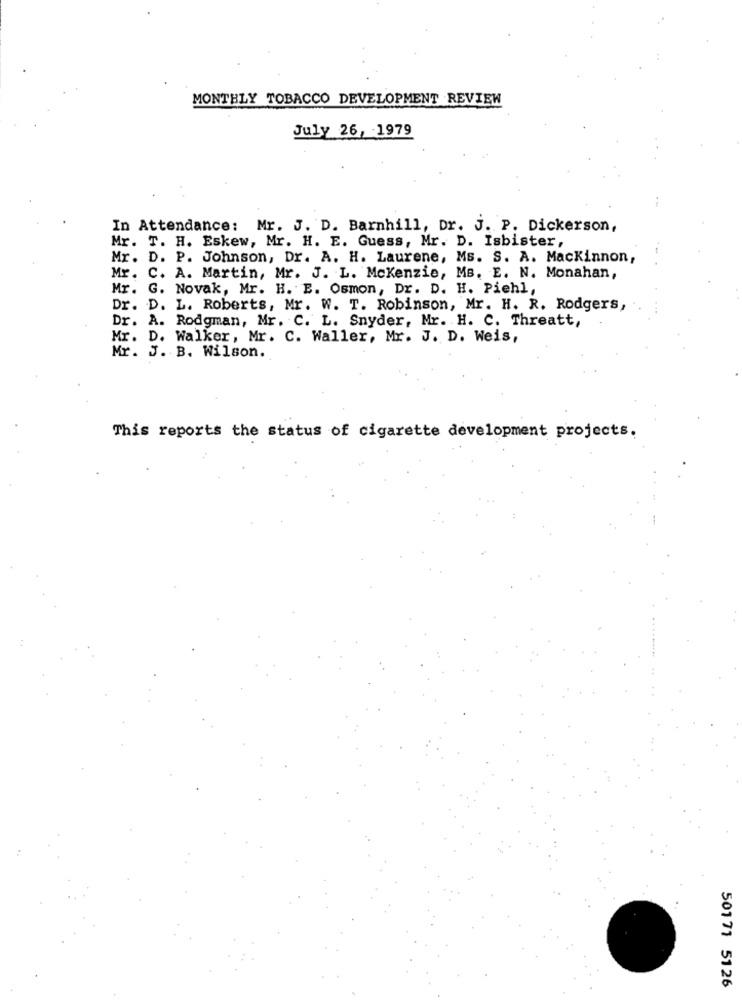
MONTHLY TOBACCO DEVELOPMENT REVIEW
July 26, 1979
In Attendance: Mr. J. D. Barnhill, Dr. J. P. Dickerson,
Mr. T. H. Eskew, Mr. H. E. Guess, Mr. D. Isbister,
Mr. D. P. Johnson, Dr. A. H. Laurene, Ms. S. A. Mackinnon,
Mr. C. A. Martin, Mr. J. L. Mckenzie, MB. E. N. Monahan,
Mr. G. Novak, Mr. H. E. Osmon, Dr. D. H. Piehl,
Dr. D. L. Roberts, Mr. W. T. Robinson, Mr. H. R. Rodgers,
Dr. A. Rodgman, Mr. C. L. Snyder, Mr. H. C. Threatt,
Mr. D. Walker, Mr. C. Waller, Mr. J. D. Weis,
Mr. J. B. Wilson.
This reports the status of cigarette development projects.
50171 5126